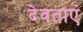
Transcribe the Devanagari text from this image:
देवताएं